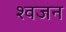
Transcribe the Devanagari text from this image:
श्वजन